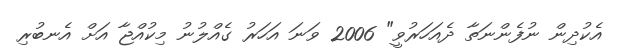
އެކުދިން ނުފެންނަތާ ދެއަހަރުވީ" 2006 ވަނަ އަހަރު ގެއްލުނު މިކުއްޖާ އަށް އެނބުރި